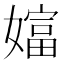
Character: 𡡩